Civil Veterinary Dept. Bombay admin report 1932-41 - 1932-1941
Year: 1932
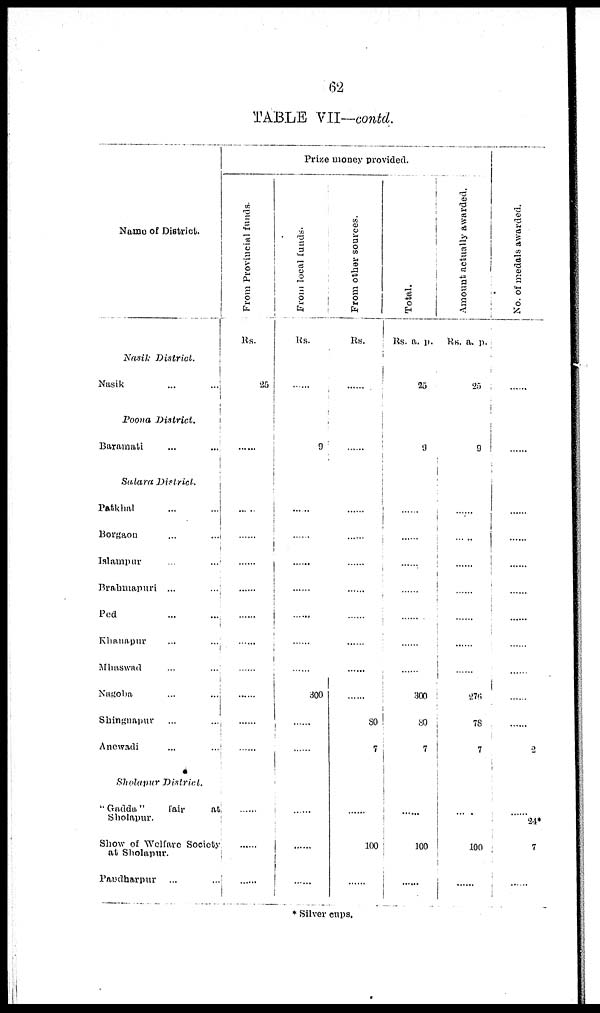
62
TABLE VII—contd.
Name of District.
Nasik
District.
Nasik ... ...
Poona
District.
Baramati ... ...
Satara District.
Patkhal ... ...
Borgaon ... ...
Islampur ... ...
Brahmapuri ... ...
Ped
...
...
Khanapur ... ...
Mhaswad ... ...
Nagoba ... ...
Shingnapur ... ...
Anewadi ... ...
Sholapur
District.
"Gadda"
fair
at
Sholapur.
Show of Welfare Society.
at Sholapur.
Pandharpur
... ...
Prize money provided.
From Provincial funds.
Rs.
25
......
......
......
......
......
......
......
......
......
......
......
.......
......
......
From local funds.
Rs.
......
9
......
......
......
......
......
......
......
300
......
......
......
......
......
From other sources.
RS.
......
......
......
......
......
......
......
......
......
......
80
7
......
100
......
Total.
Rs. a. p.
25
9
......
......
......
......
......
......
......
300
80
7
......
100
.....
Amount actually awarded.
Rs. a. p.
25
9
......
......
......
......
......
......
......
276
78
7
......
100
......
No. of medals awarded.
......
......
......
......
......
......
.......
......
......
......
......
2
......
24*
7
......
* Silver cups.